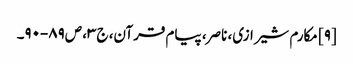
[۹] مکارم شیرازی، ناصر، پیام قرآن، ج‌۳، ص‌۸۹-۹۰۔